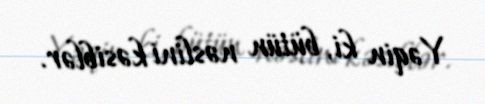
Yəqin ki, bütün nəslini kəsiblər.